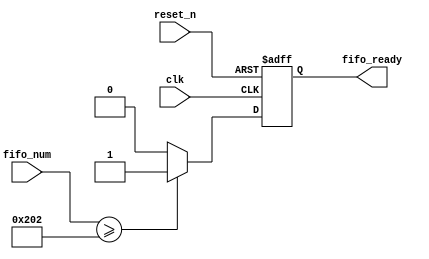
module FIFOReadyCheck(
					input clk,
					input reset_n,
					
					input [10 : 0] fifo_num,
					
					output reg fifo_ready
					);
	parameter [10 : 0] ready_num = 	11'd514;
	
	always @ (posedge clk or negedge reset_n)
	begin
		if (!reset_n)
		begin
			fifo_ready <= 1'b0;
		end 
		else if(fifo_num >= ready_num)
		begin
			fifo_ready <= 1'b1;
		end 
		else
		begin
			fifo_ready <= 1'b0;
		end 		
	end 
endmodule